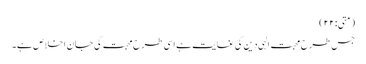
(متی:۲۲)
جس طرح محبت الہی دین کی غایت ہے اسی طرح محبت کی جان اخلاص ہے۔